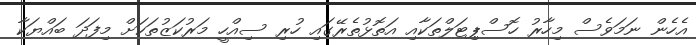
އެހެން ނަމަވެސް މިހާރު ހޮސްޕިޓަލްތަކާއި އަތޮޅުތެރޭގައި ހުރި ސިއްހީ މަރުކަޒުތަކަށް މިފަދަ ބައްޔަކާ